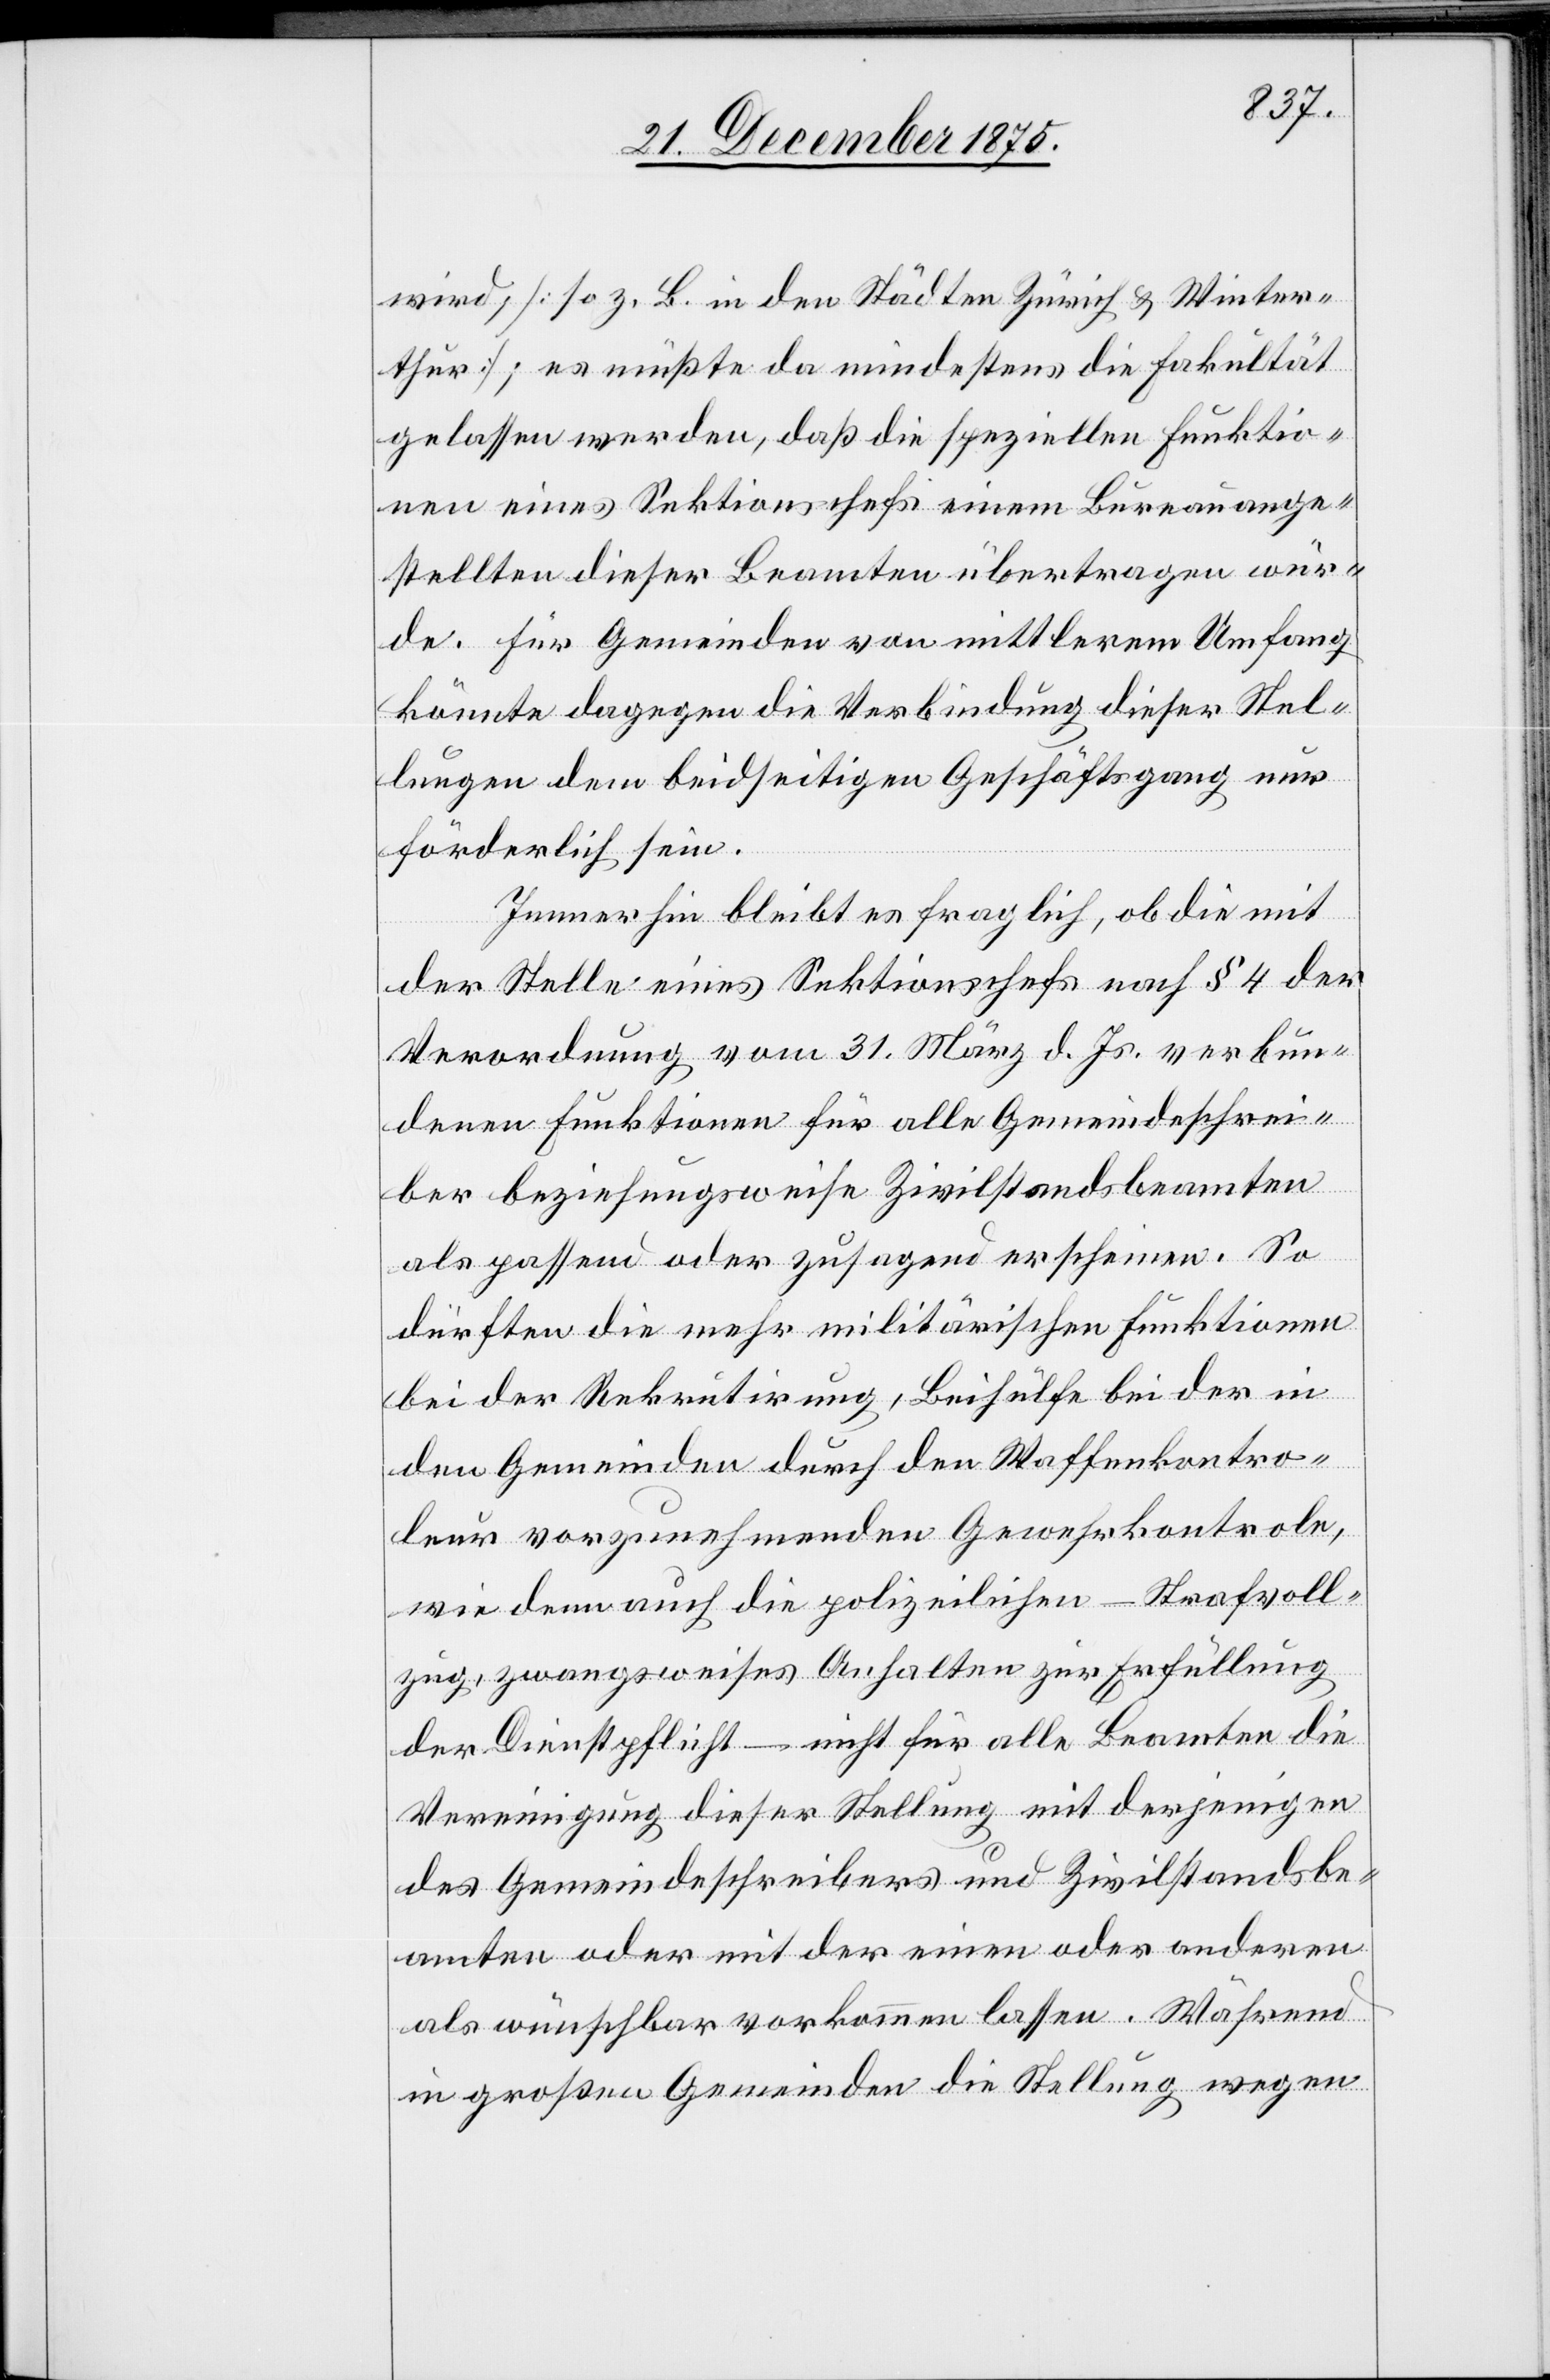
wird, [so z. B. in den Städten Zürich & Winter¬
thur]; es müßte da mindestens die Fakultät
gelassen werden, daß die speziellen Funktio¬
nen eines Sektionschefs einem Bureauange¬
stellten dieser Beamten übertragen wür¬
de. Für Gemeinden von mittlerem Umfang
könnte dagegen die Verbindung dieser Stel¬
lungen dem beidseitigen Geschäftsgang nur
förderlich sein.
Immerhin bleibt es fraglich, ob die mit
der Stelle eines Sektionschefs nach § 4 der
Verordnung vom 31. März d. Js. verbun¬
denen Funktionen für alle Gemeindeschrei¬
ber beziehungsweise Zivilstandsbeamten
als passend oder zusagend erscheinen. So
dürften die mehr militärischen Funktionen
bei der Rekrutirung, Beihülfe bei der in
den Gemeinden durch den Waffenkontro¬
leur vorzunehmenden Gewehrkontrole,
wie denn auch die polizeilichen – Strafvoll¬
zug, zwangsweises Anhalten zur Erfüllung
der Dienstpflicht – nicht für alle Beamten die
Vereinigung dieser Stellung mit derjenigen
des Gemeindeschreibers und Zivilstandsbe¬
amten oder mit der einen oder andern
als wünschbar vorkommen lassen. Während
in großen Gemeinden die Stellung wegen